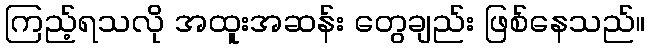
ကြည့်ရသလို အထူးအဆန်း တွေချည်း ဖြစ်နေသည်။